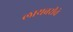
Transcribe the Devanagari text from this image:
लायब्ररीचे